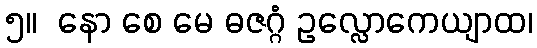
၅။  နော စေ မေ ဓဇဂ္ဂံ ဥလ္လောကေယျာထ၊